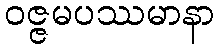
ဝဇ္ဇမပဿမာနာ